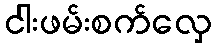
ငါးဖမ်းစက်လှေ